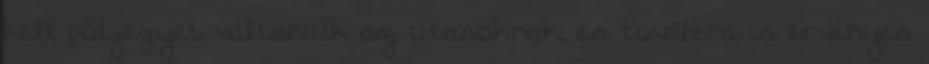
kell pótjegyet váltaniuk az utasoknak, és továbbra is érvényes